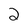
Character: 2